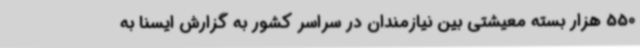
550 هزار بسته معیشتی بین نیازمندان در سراسر کشور به گزارش ایسنا به